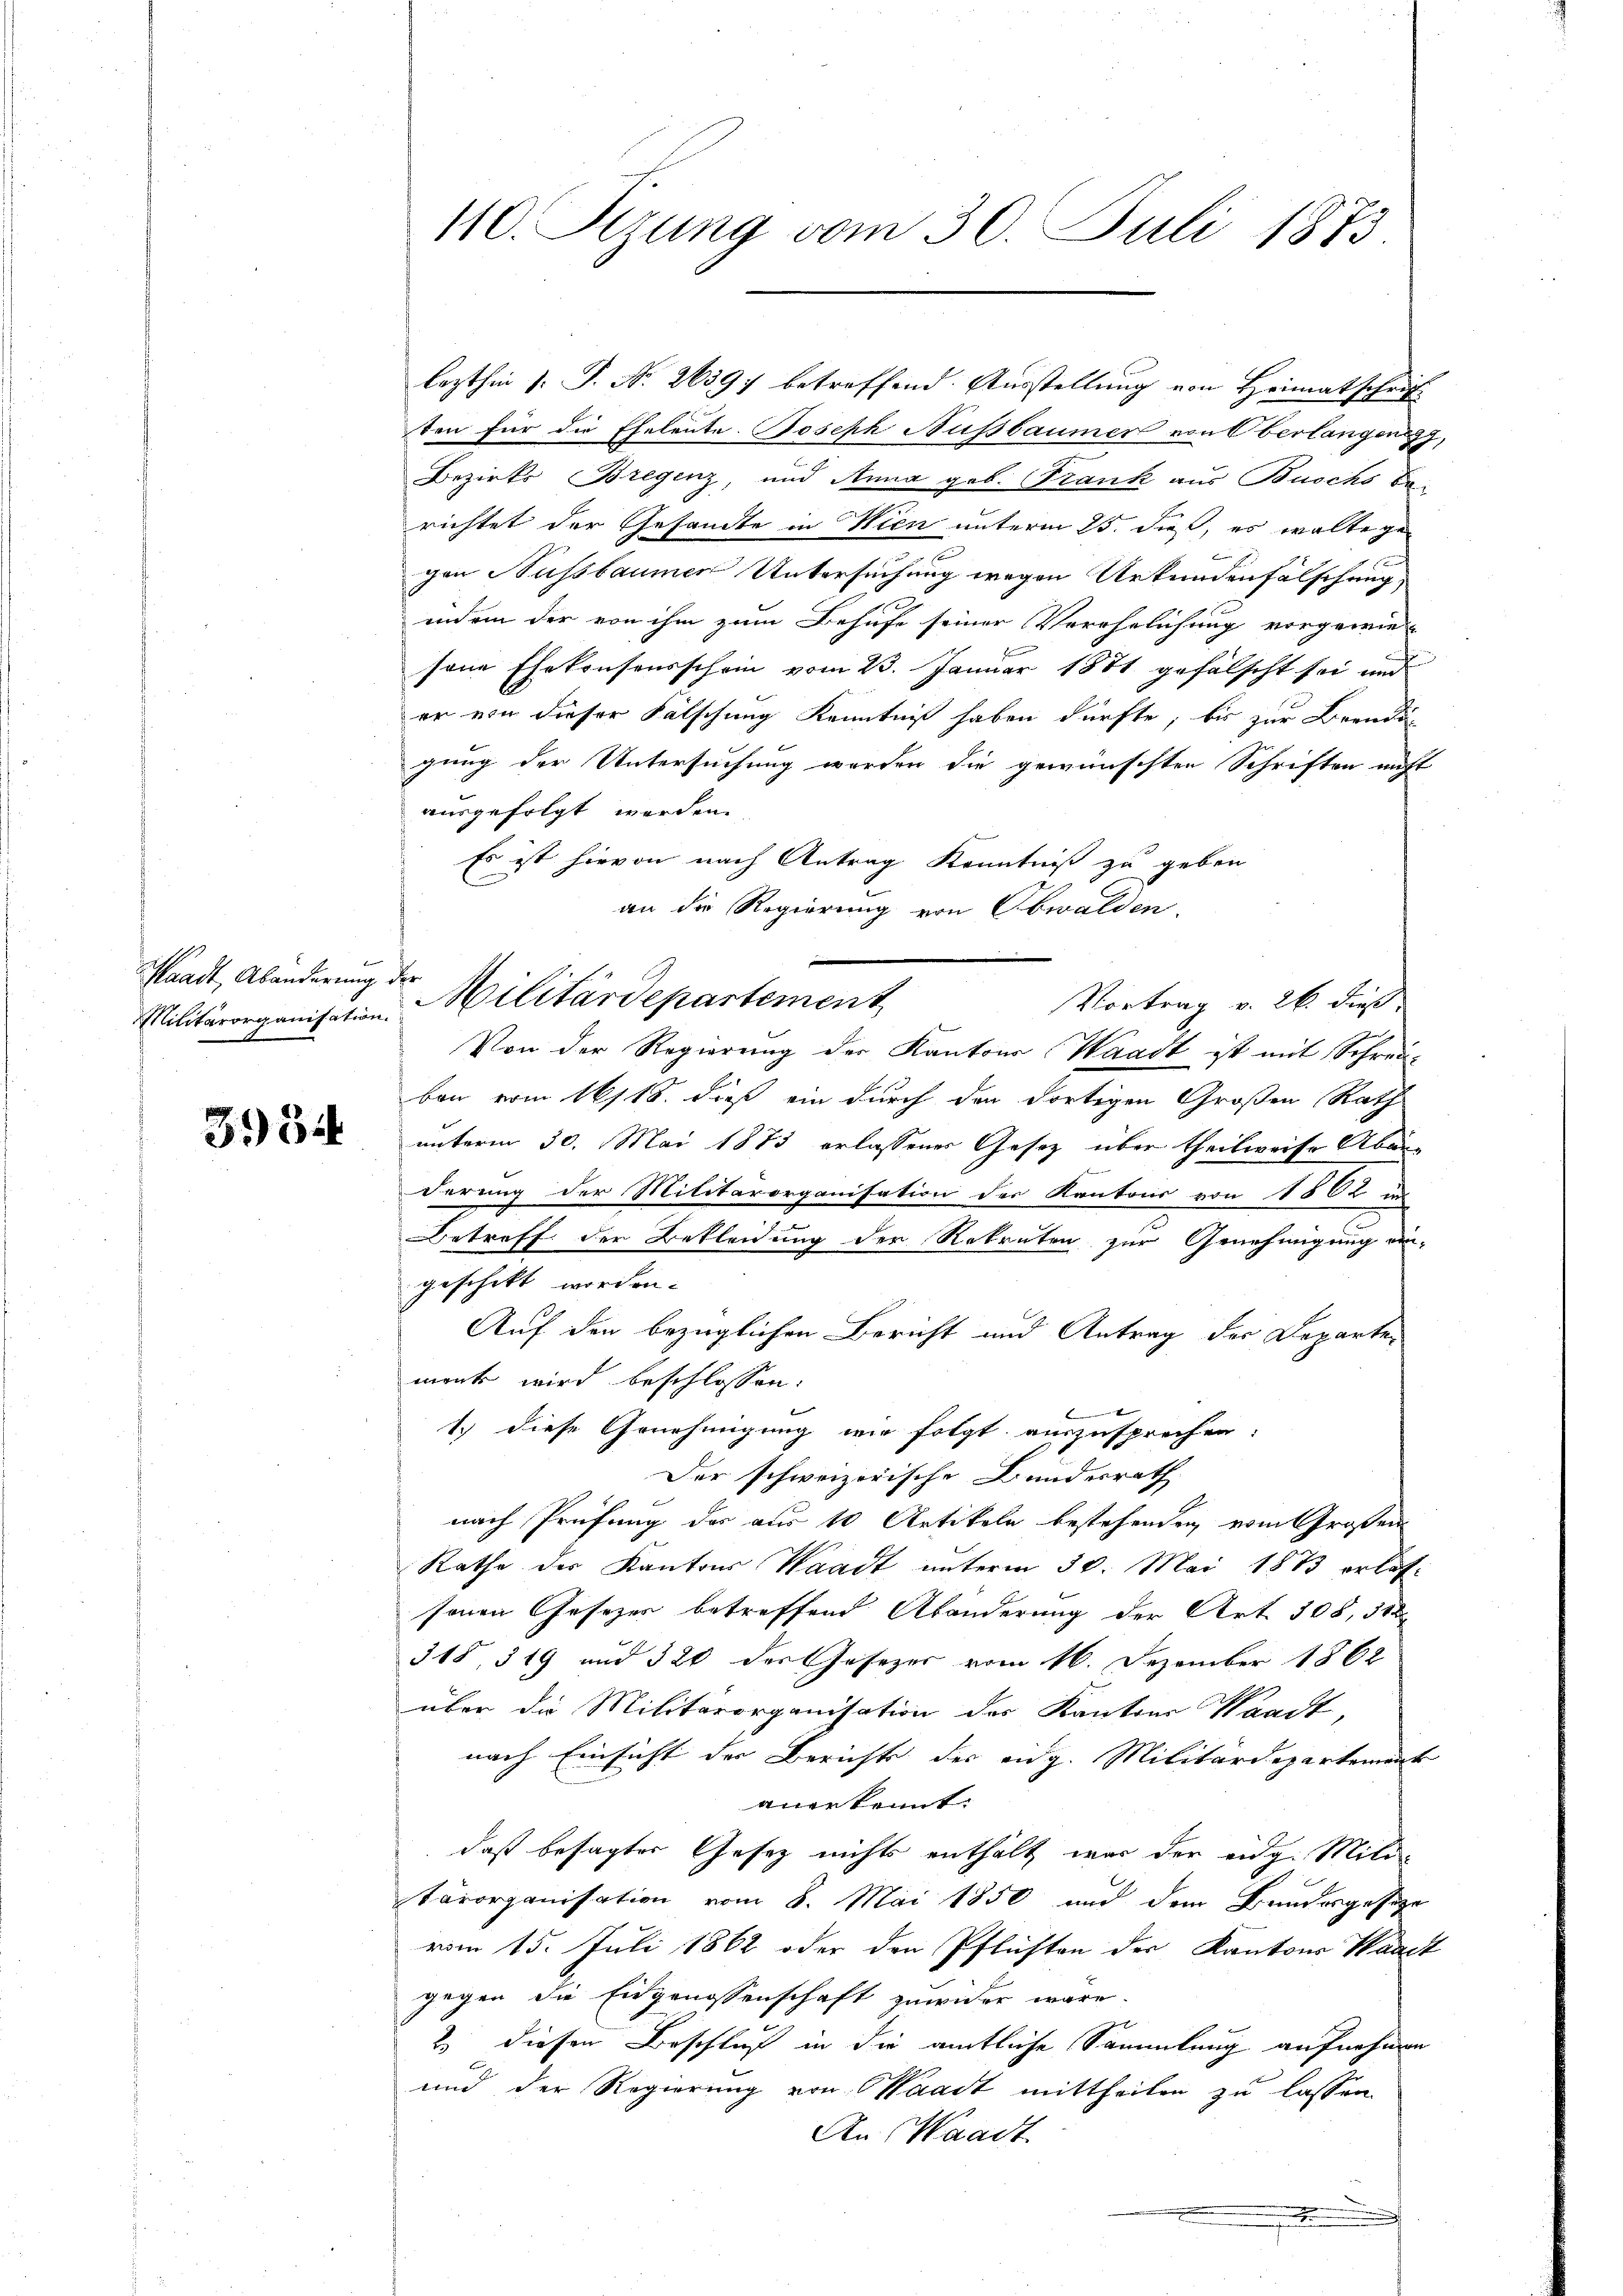
Waadt, Abänderung der

3954

ten für die Eheleute. Joseph Nussbaumer von Oberlangen,
Bezirks Bregenz, und Anna geb. Frank aus Buchs Ba-
richtet der Gesandte in Wien unterm 25. dieß, es walte gegen Nussbaumer Untersuchung wegen Urkundenfälschung
ind ein der von ihm zum Behufe seiner Verehelichung vorgewie-
sene Ehekonsonsschein vom 23. Januar 1881 gefälscht sei und
er von dieser Fälschung Kenntniß haben dürfte, bis zur Beendig
gung der Untersuchung worden die gewünschten Schriften auff
ausgefolgt werden.
Es ist hievon nach Antrag Kenntniß zu geben
an die Regierung von Obwalden.
Militärorganisation Militärdepartement Vortrag v. 26. dieß
Von der Regierung der Kantons Waadt ist mit Schreibon vom 16/18. dieß ein durch der dortigen Großen Rath
unterm 30. Mai 1873 erlassenes Gesetz über theilweise Aben
derung der Militärorganisation der Kantons von 1862 in
Betreff der Bekleidung der Rekruten zur Genehmigung ein-
geschikt worden.
Auf den bezüglichen Bericht und Antrag der Departemenk wird beschlossen:
1.) diese Genehmigung wie folgt, auszusprechen.
Der schweizerische Bundesrath
nach Prüfung der aus 10 Artikeln bestehenden vom Großen
Rathe des Kantons Waadt unterm 30. Mai 1873 erlaf-
sonen Gesetzer betreffend Abänderung der Art. 508, 312
315, 319 und 320 der Gesezer vom 16. Dezember 1862
über die Militärorganisation des Kantone Waadt,
nach Einsicht der Berichts der eidg. Militärdepartement
anerkennt:
daß besagter Gesetz nichts enthält war der eidg. Militärorganisation vom 8. Mai 1850 und dem Bundesgeseze
vom 15. Juli 1862 oder den Pflichten der Kantons Waadt
gegen die Eidgenossenschaft zuwider wäre.
2) diesen Beschluß in die amtliche Sammlung aufnehmen
und der Regierung von Waadt mittheilen zu lassen.
An Waadt
.

110. Sizung vom 30. Juli 1873.

lezthin 1 S. Nr. 26597 betreffend Ausstellung von Heimatschrift